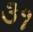
૩૧